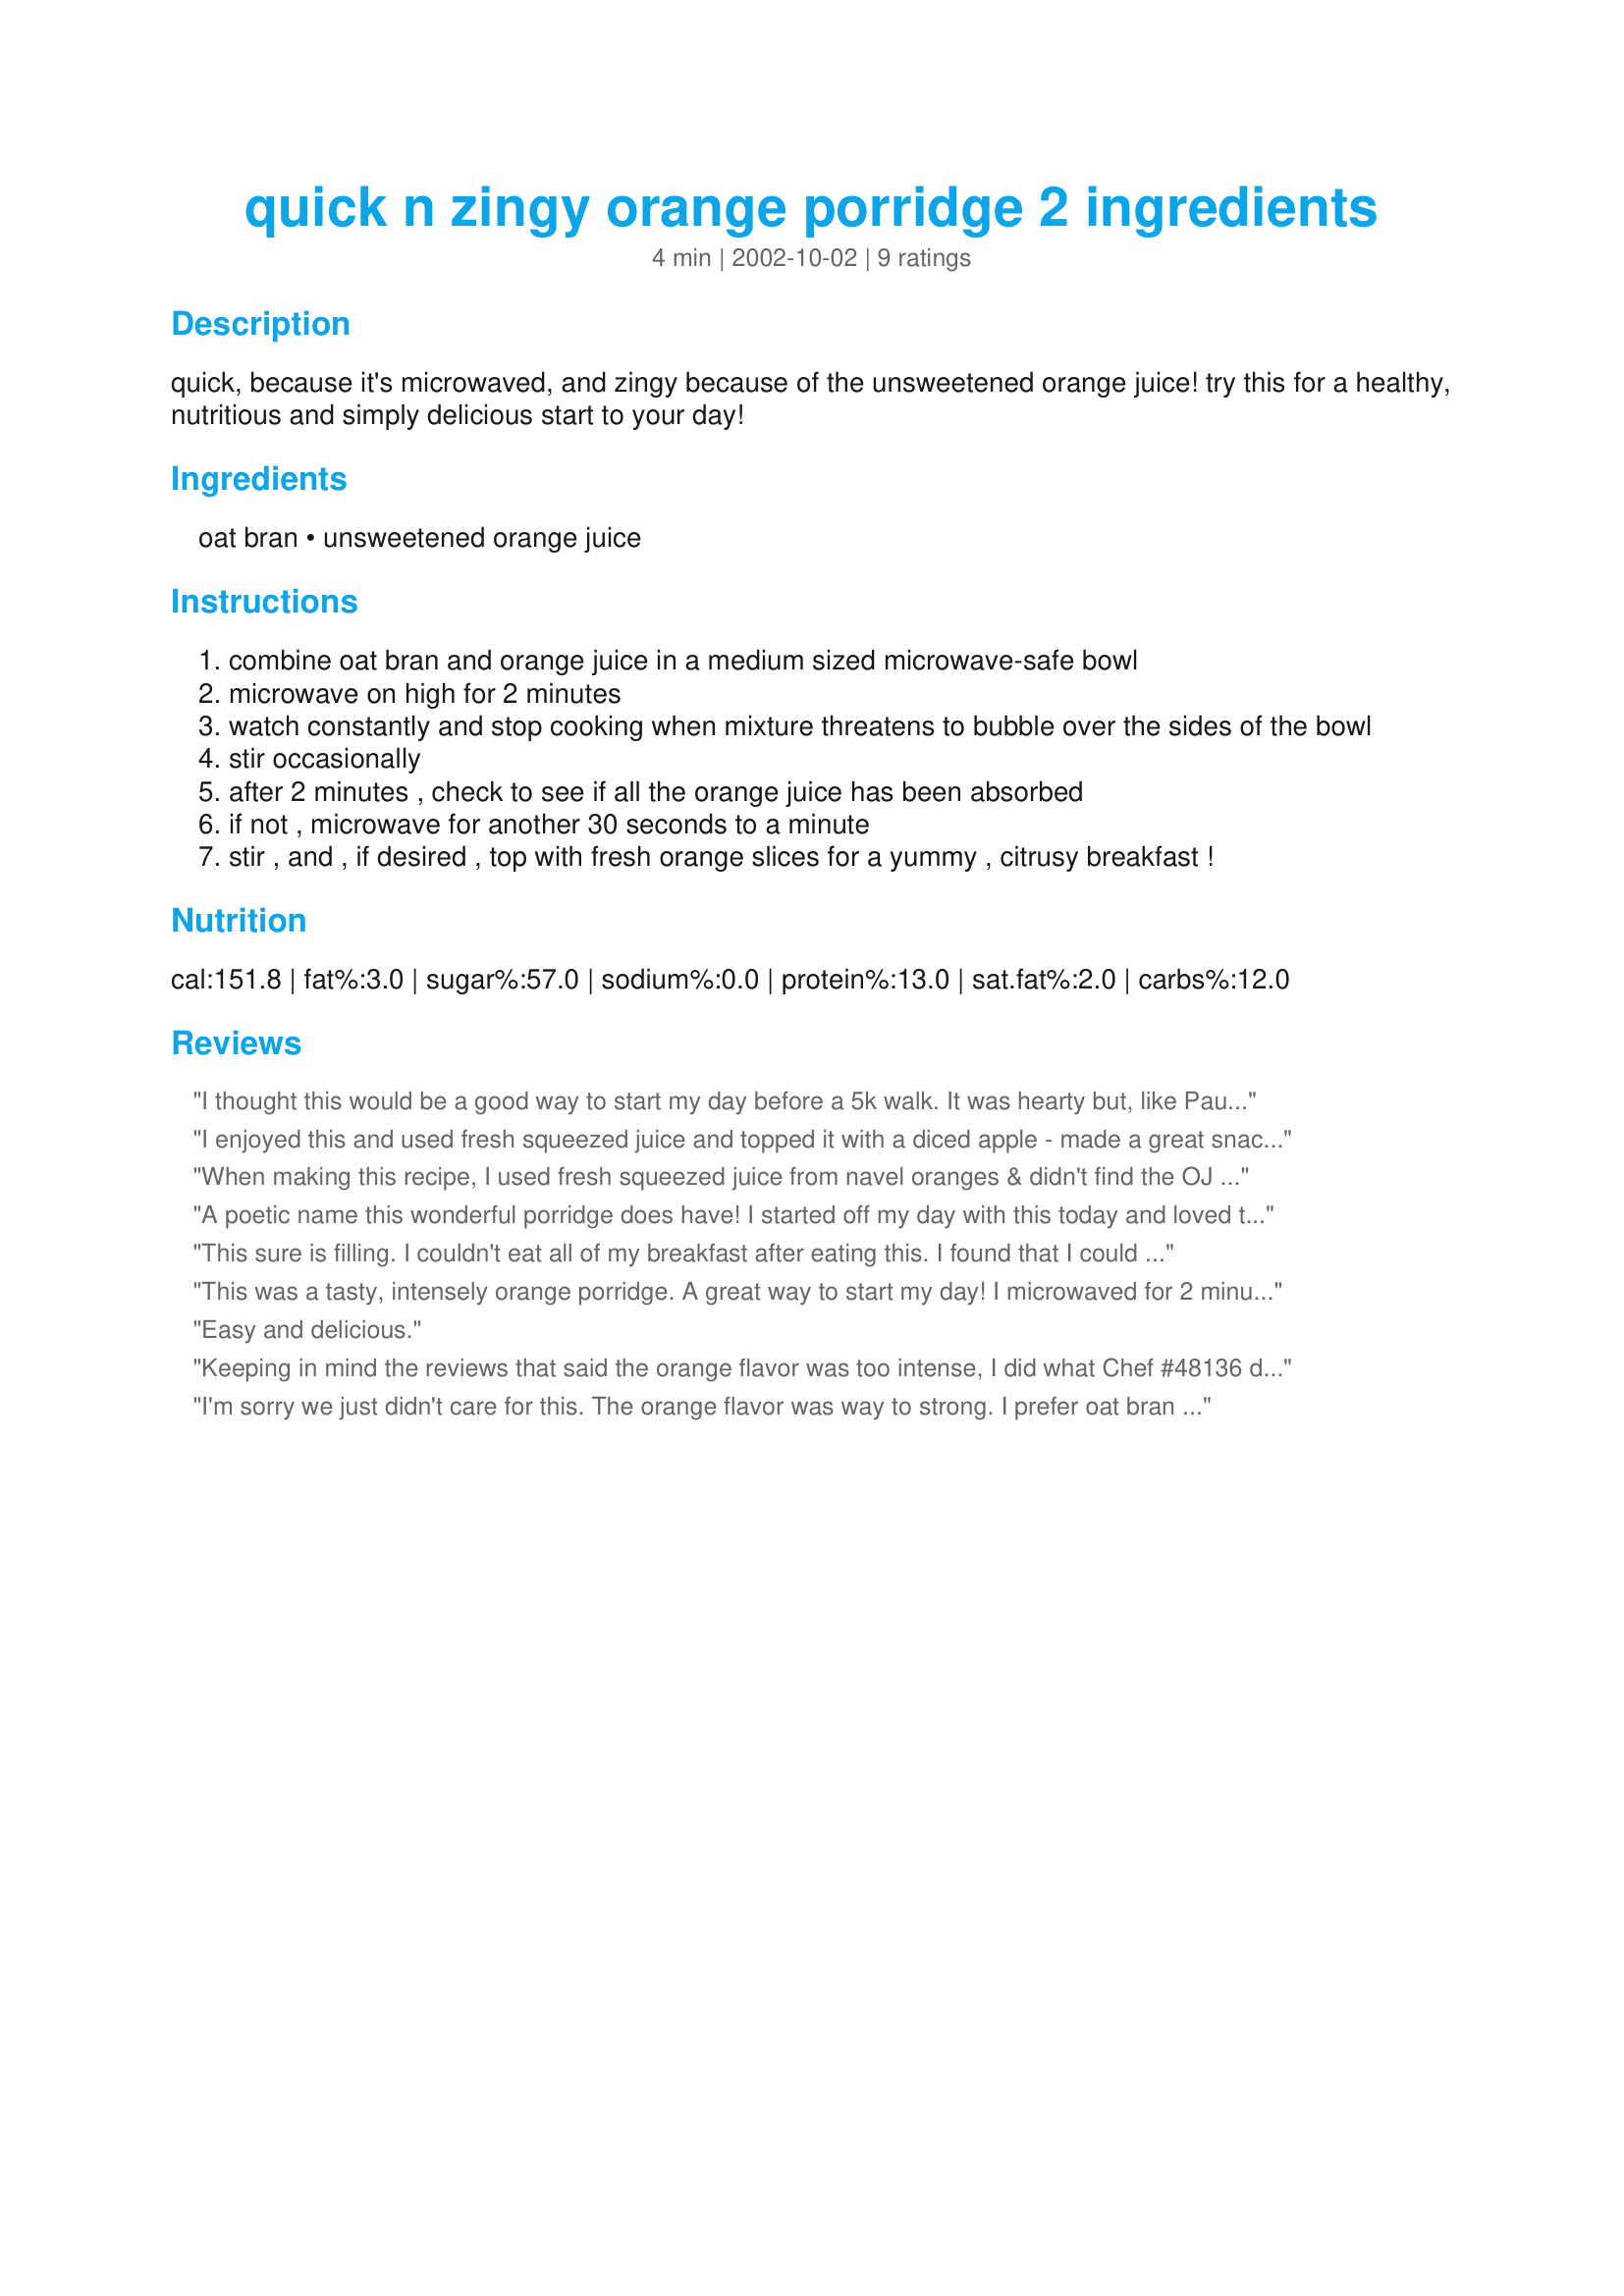
quick n zingy orange porridge 2 ingredients
Preparation time: 4 minutes

quick, because it's microwaved, and zingy because of the unsweetened orange juice! try this for a healthy, nutritious and simply delicious start to your day!

Ingredients:
oat bran, unsweetened orange juice

Steps:
combine oat bran and orange juice in a medium sized microwave-safe bowl
microwave on high for 2 minutes
watch constantly and stop cooking when mixture threatens to bubble over the sides of the bowl
stir occasionally
after 2 minutes , check to see if all the orange juice has been absorbed
if not , microwave for another 30 seconds to a minute
stir , and , if desired , top with fresh orange slices for a yummy , citrusy breakfast !

Reviews:
I thought this would be a good way to start my day before a 5k walk. It was hearty but, like Paula, I think the orange taste was too strong. Interesting way to try oat bran, though!
I enjoyed this and used fresh squeezed juice and topped it with a diced apple - made a great snack after my gym session - so quick too !!!
When making this recipe, I used fresh squeezed juice from navel oranges & didn't find the OJ overpowering! Also stirred in some dried cranberries just before eating! Thanks for a very enjoyable breakfast! [Tagged, made & reviewed in Healthy Choices ABC Tag]
A poetic name this wonderful porridge does have!
I started off my day with this today and loved the citrusy flavour it had. I used fresh orange juice(of 2 oranges).I microwaved the oats and juice mixture on HIGH for a total of 3 minutes. I didn't have it with any fruits, I just enjoyed it hot by itself:)

This sure is filling. I couldn't eat all of my breakfast after eating this.
I found that I could barely taste the orange at all.
It's certainly worth a go. I'm going to try with other juices to see what they are like
This was a tasty, intensely orange porridge. A great way to start my day! I microwaved for 2 minutes 45 seconds. Thanks for the idea -- now I will have to try this with other kinds of juice! UPDATE: I have made this more than once, also trying apple juice instead of orange juice. I find that half water and half juice is what I like best -- not overly intense, but still with a nice fruity flavour.
Easy and delicious.
Keeping in mind the reviews that said the orange flavor was too intense, I did what Chef #48136 did and used 1/3 cup of cold water and 1/3 cup of juice. I microwaved it for a minute and a half total, stopping a couple of times to stir. The consistency seemed right after a minute and a half. It made for a delightfully different-tasting bowl of oat bran. Thanks for posting!
I'm sorry we just didn't care for this. The orange flavor was way to strong. I prefer oat bran a little creamy. It did cook in my microwave in the time frame specified.
